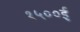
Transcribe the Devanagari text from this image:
१५००ई